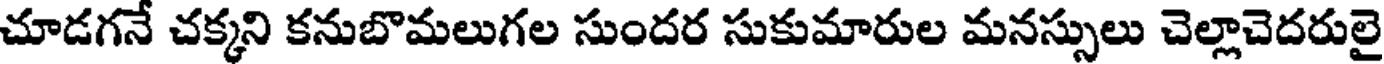
చూడగనే చక్కని కనుబొమలుగల సుందర సుకుమారుల మనస్సులు చెల్లాచెదరులై